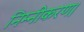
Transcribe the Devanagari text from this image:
निम्नीकरण।